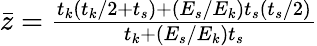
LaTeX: \begin{array}{r}{\bar{z}=\frac{t_{k}(t_{k}/2+t_{s})+(E_{s}/E_{k})t_{s}(t_{s}/2)}{t_{k}+(E_{s}/E_{k})t_{s}}}\end{array}